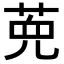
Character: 𦲩